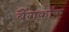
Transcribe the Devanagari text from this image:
बैंगकाॅक